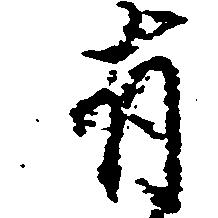
有